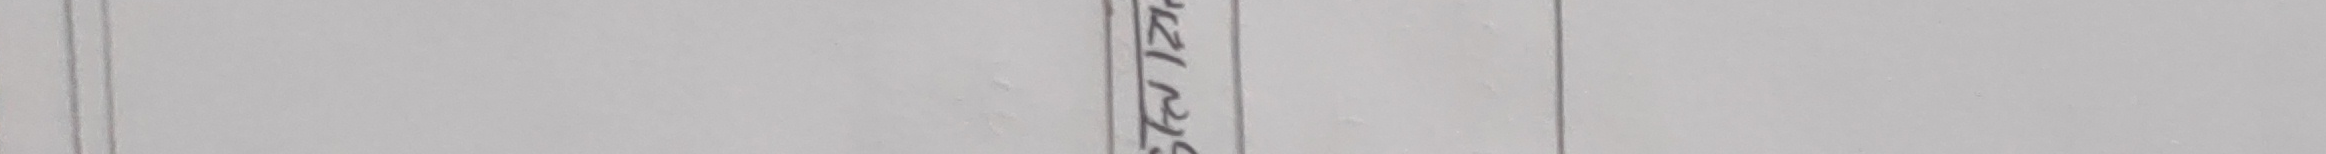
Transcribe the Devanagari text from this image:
किरण